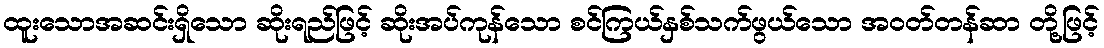
ထူးသောအဆင်းရှိသော ဆိုးရည်ဖြင့် ဆိုးအပ်ကုန်သော စင်ကြယ်နှစ်သက်ဖွယ်သော အဝတ်တန်ဆာ တို့ဖြင့်